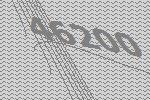
46200